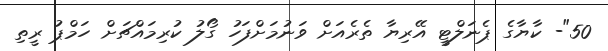
50"- ކާޔާގެ ޕެނަލްޓީ އޭރިޔާ ތެރެއަށް ވަނުމަށްފަހު ގޯލު ކުރިމައްޗަށް ހަމްޕު ރީތި